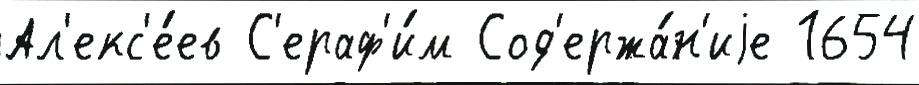
Ал'екс'е́ев С'ераф'и́м Сод'ержа́н'иjе 1654